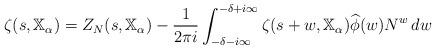
LaTeX: \begin{gather*}\zeta(s,\mathbb{X}_\alpha)= Z_N(s,\mathbb{X}_\alpha)- \frac{1}{2\pi i} \int_{-\delta-i \infty}^{-\delta+i \infty} \zeta(s+w,\mathbb{X}_\alpha) \widehat{\phi}(w) N^w \,dw\end{gather*}